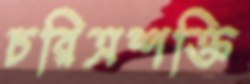
চরিত্রশক্তি